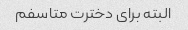
البته برای دخترت متاسفم